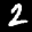
Digit: 2